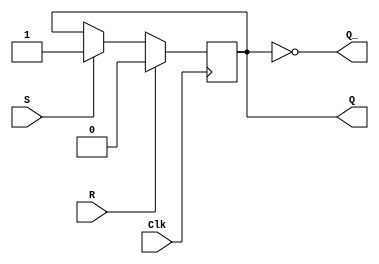
module sr_ff (
   input S,
   input R,
   input Clk,
   output reg Q,
   output reg Q_
);

always @(posedge Clk) begin
   if (R) begin
      Q <= 1'b0;
   end else if (S) begin
      Q <= 1'b1;
   end
end

assign Q_ = ~Q;

endmodule